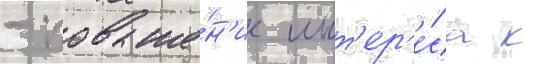
- повыше́н'ие инт'ер'е́са к